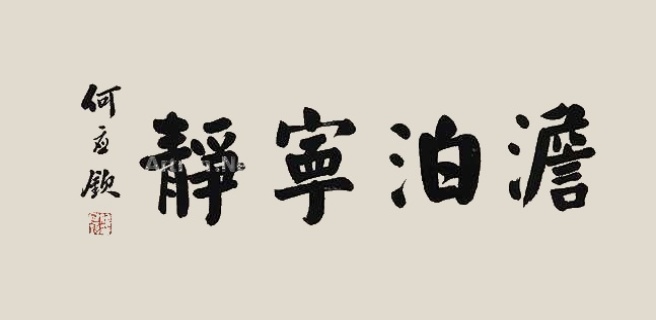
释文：淡泊宁静何应钦